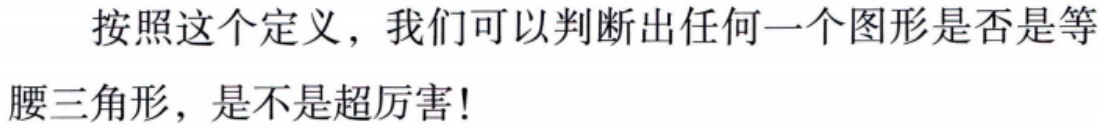
按照这个定义，我们可以判断出任何一个图形是否是等腰三角形，是不是超厉害!